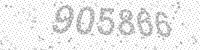
Solution: 905886